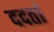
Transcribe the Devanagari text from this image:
ददतां